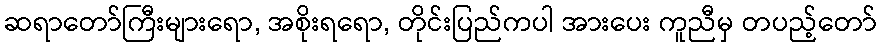
ဆရာတော်ကြီးများရော, အစိုးရရော, တိုင်းပြည်ကပါ အားပေး ကူညီမှ တပည့်တော်